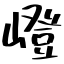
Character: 嶝